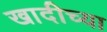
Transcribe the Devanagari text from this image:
खादीच्या